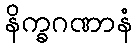
နိက္ခဂဏာနံ